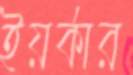
ইয়র্কার